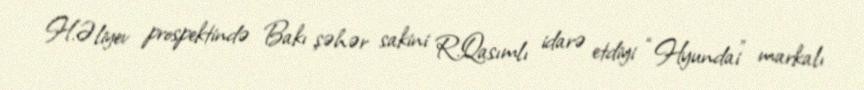
H.Əliyev prospektində Bakı şəhər sakini R.Qasımlı idarə etdiyi “Hyundai” markalı